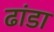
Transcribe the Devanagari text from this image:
ढांडा